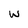
Character: w